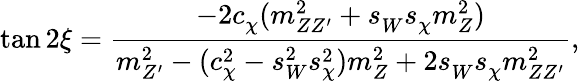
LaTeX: \tan 2\xi=\frac{-2c_{\chi}^{}(m_{ZZ^{\prime}}^{2}+s_{W}^{}s_{\chi}^{}m_{Z}^{2})}{m_{Z^{\prime}}^{2}-(c_{\chi}^{2}-s_{W}^{2}s_{\chi}^{2})m_{Z}^{2}+2s_{W}^{}s_{\chi}^{}m_{ZZ^{\prime}}^{2}},